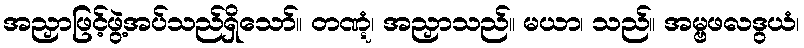
အညှာဖြင့်ဖွဲ့အပ်သည်ရှိသော်။ တဏ္ဋံ၊ အညှာသည်။ မယာ၊ သည်။ အမ္ဗဖလဒွယံ၊